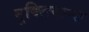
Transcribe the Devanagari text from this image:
नूक्लियान्स